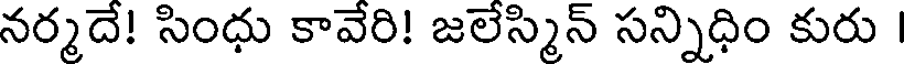
నర్మదే! సింధు కావేరి! జలేస్మిన్ సన్నిధిం కురు